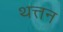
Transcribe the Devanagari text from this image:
थत्तन